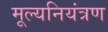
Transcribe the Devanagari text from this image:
मूल्यनियंत्रण